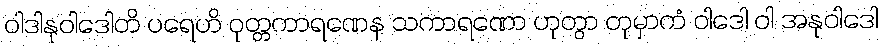
ဝါဒါနုဝါဒေါတိ ပရေဟိ ဝုတ္တကာရဏေန သကာရဏော ဟုတွာ တုမှာကံ ဝါဒေါ ဝါ အနုဝါဒေါ